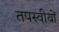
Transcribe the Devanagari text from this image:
तपस्वीयों